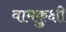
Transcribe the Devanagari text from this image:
वामकुक्षी